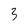
Character: 3